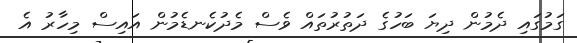
ގަމުގައި ދެމުން ދިޔަ ބަހުގެ ދަތުރުތައް ވެސް މެދުކެނޑެމުން އައިސް މިހާރު އެ